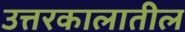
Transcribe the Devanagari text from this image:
उत्तरकालातील